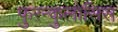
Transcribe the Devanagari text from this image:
फुरन्कुलोसिस